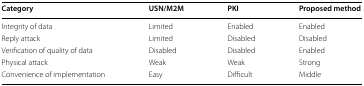
<table><thead><tr><td><b>Category</b></td><td><b>USN/M2M</b></td><td><b>PKI</b></td><td><b>Proposed method</b></td></tr></thead><tbody><tr><td>Integrity of data</td><td>Limited</td><td>Enabled</td><td>Enabled</td></tr><tr><td>Reply attack</td><td>Limited</td><td>Disabled</td><td>Disabled</td></tr><tr><td>Verification of quality of data</td><td>Disabled</td><td>Disabled</td><td>Enabled</td></tr><tr><td>Physical attack</td><td>Weak</td><td>Weak</td><td>Strong</td></tr><tr><td>Convenience of implementation</td><td>Easy</td><td>Difficult</td><td>Middle</td></tr></tbody></table>